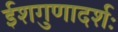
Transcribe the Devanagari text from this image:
ईशगुणादर्शः